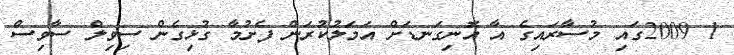
1 2009ގައި މުސާރައިގެ އާ އޮނިގަނޑަށް އަމަލުކުރަން ފެށުމާ ގުޅިގެން ސިވިލް ސާވިސް